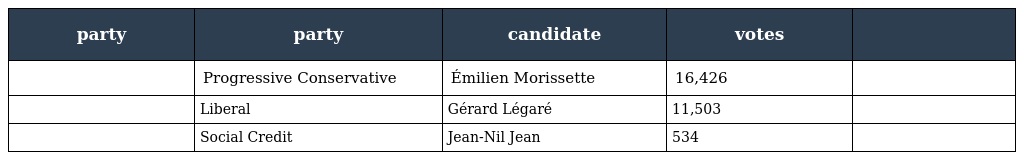
| party | party | candidate | votes |  |
 | --- | --- | --- | --- | --- |
 |  | Progressive Conservative | Émilien Morissette | 16,426 |  |
 |  | Liberal | Gérard Légaré | 11,503 |  |
 |  | Social Credit | Jean-Nil Jean | 534 |  |